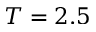
T = 2 . 5